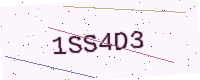
Text: 1SS4D3